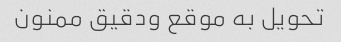
تحویل به موقع ودقیق ممنون